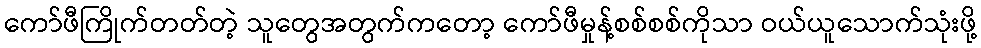
ကော်ဖီကြိုက်တတ်တဲ့ သူတွေအတွက်ကတော့ ကော်ဖီမှုန့်စစ်စစ်ကိုသာ ဝယ်ယူသောက်သုံးဖို့